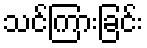
သင်ကြားခြင်း